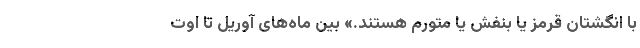
با انگشتان قرمز یا بنفش یا متورم هستند.» بین ماه‌های آوریل تا اوت